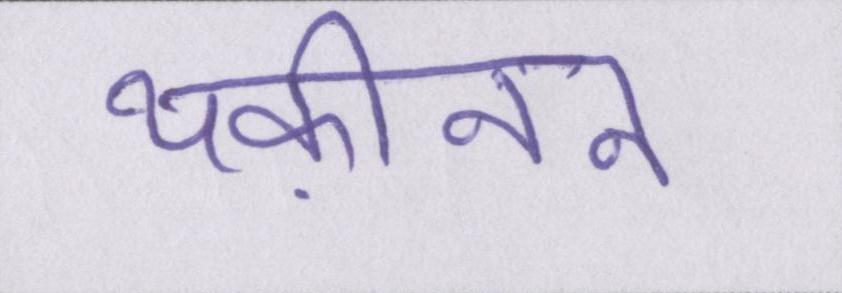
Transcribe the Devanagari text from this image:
यक़ीनन